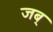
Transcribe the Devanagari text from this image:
जब्